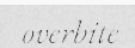
overbite